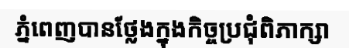
ភ្នំពេញបានថ្លែងក្នុងកិច្ចប្រជុំពិភាក្សា